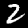
Digit: 2